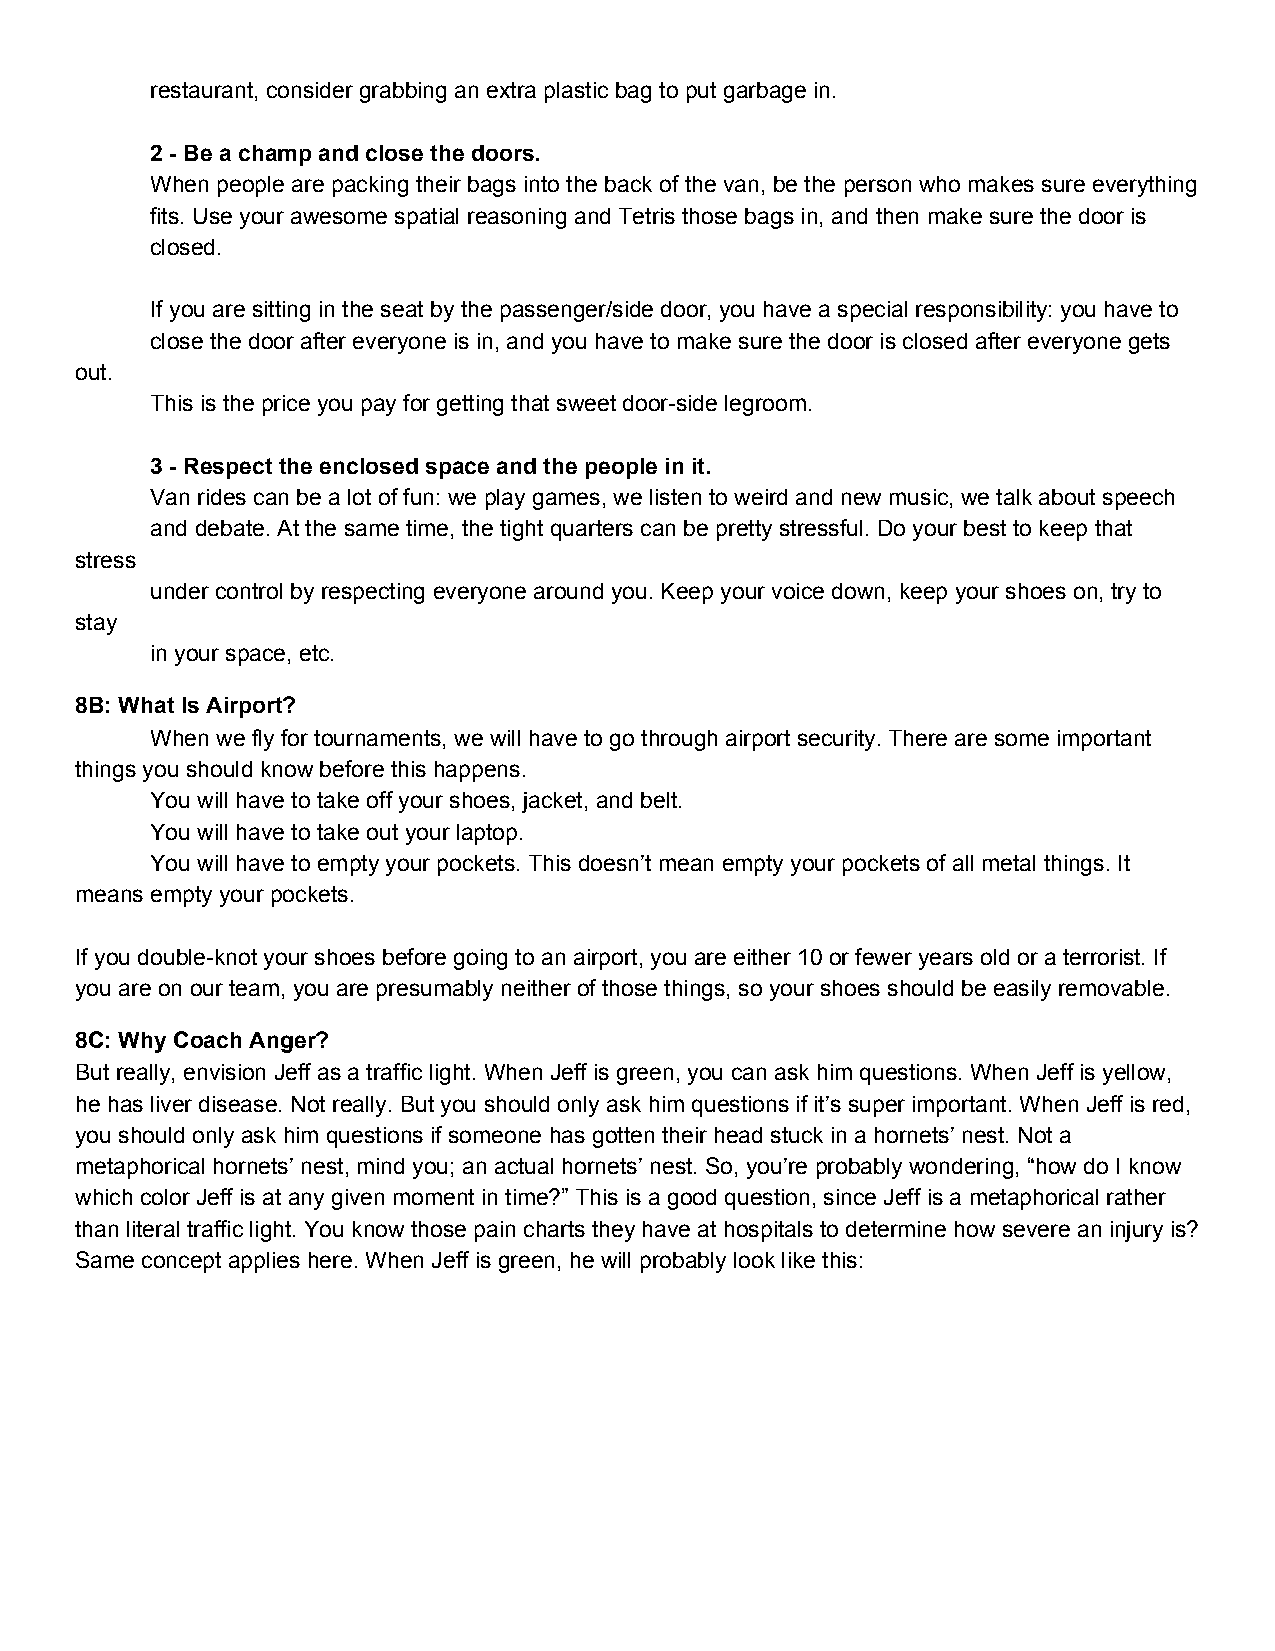
restaurant, consider grabbing an extra plastic bag to put garbage in.
 2 ­ Be a champ and close the doors.
 When people are packing their bags into the back of the van, be the person who makes sure everything
 fits. Use your awesome spatial reasoning and Tetris those bags in, and then make sure the door is
 closed.
 If you are sitting in the seat by the passenger/side door, you have a special responsibility: you have to
 close the door after everyone is in, and you have to make sure the door is closed after everyone gets
 out.
 This is the price you pay for getting that sweet door­side legroom.
 3 ­ Respect the enclosed space and the people in it.
 Van rides can be a lot of fun: we play games, we listen to weird and new music, we talk about speech
 and debate. At the same time, the tight quarters can be pretty stressful. Do your best to keep that
 stress
 under control by respecting everyone around you. Keep your voice down, keep your shoes on, try to
 stay
 in your space, etc.
 8B: What Is Airport?
 When we fly for tournaments, we will have to go through airport security. There are some important
 things you should know before this happens.
 You will have to take off your shoes, jacket, and belt.
 You will have to take out your laptop.
 You will have to empty your pockets. This doesn’t mean empty your pockets of all metal things. It
 means empty your pockets.
 If you double­knot your shoes before going to an airport, you are either 10 or fewer years old or a terrorist. If
 you are on our team, you are presumably neither of those things, so your shoes should be easily removable.
 8C: Why Coach Anger?
 But really, envision Jeff as a traffic light. When Jeff is green, you can ask him questions. When Jeff is yellow,
 he has liver disease. Not really. But you should only ask him questions if it’s super important. When Jeff is red,
 you should only ask him questions if someone has gotten their head stuck in a hornets’ nest. Not a
 metaphorical hornets’ nest, mind you; an actual hornets’ nest. So, you’re probably wondering, “how do I know
 which color Jeff is at any given moment in time?” This is a good question, since Jeff is a metaphorical rather
 than literal traffic light. You know those pain charts they have at hospitals to determine how severe an injury is?
 Same concept applies here. When Jeff is green, he will probably look like this: